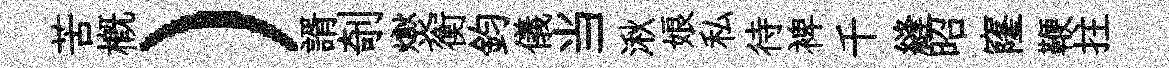
苦槪）諝剞爕衡鈞儀当湫娘私待裨千縫昭窿鞭拄